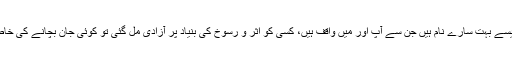
ریمنڈ ڈیوس، سرفراز شاہ اور ایسے بہت سارے نام ہیں جن سے آپ اور میں واقف ہیں، کسی کو اثر و رسوخ کی بنیاد پر آزادی مل گئی تو کوئی جان بچانے کی خاطر مقدمے سے پیچھے ہٹ گیا۔